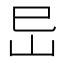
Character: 𡵒